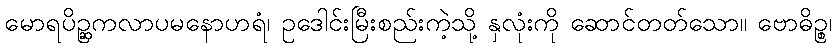
မောရပိဉ္ဆကလာပမနောဟရံ၊ ဥဒေါင်းမြီးစည်းကဲ့သို့ နှလုံးကို ဆောင်တတ်သော။ ဗောဓိဉ္စ၊